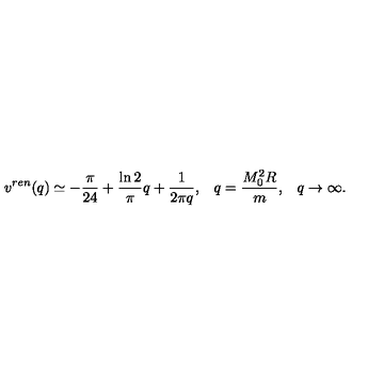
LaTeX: v ^ { r e n } ( q ) \simeq - \frac { \pi } { 2 4 } + \frac { \ln 2 } { \pi } q + \frac { 1 } { 2 \pi q } { , } \quad q = \frac { M _ { 0 } ^ { 2 } R } { m } { , } \quad q \to \infty { . }